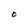
Character: O